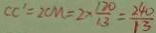
C C ^ { \prime } = 2 C M = 2 \times \frac { 1 2 0 } { 1 3 } = \frac { 2 4 0 } { 1 3 }